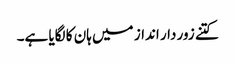
کتنے زور دار انداز میں ہان کا لگایا ہے۔